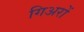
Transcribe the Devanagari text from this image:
गिअरों